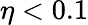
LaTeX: \eta<0.1